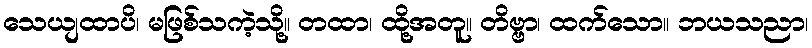
သေယျထာပိ၊ မဖြစ်သကဲ့သို့။ တထာ၊ ထို့အတူ။ တိဗ္ဗာ၊ ထက်သော။ ဘယသညာ၊